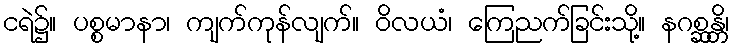
ငရဲ၌။ ပစ္စမာနာ၊ ကျက်ကုန်လျက်။ ဝိလယံ၊ ကြေညက်ခြင်းသို့။ နဂစ္ဆန္တိ၊